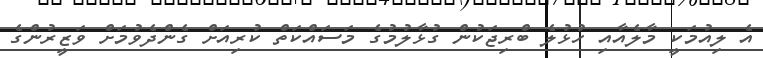
އެ ލިއުމަކީ މާލެއާއި ހުޅުލެ ބްރިޖަކުން ގުޅާލުމުގެ މަސައްކަތް ކުރިއަށް ގެންދެވުމަށް ވަޒީރުންގެ